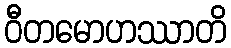
ဝီတမောဟဿာတိ